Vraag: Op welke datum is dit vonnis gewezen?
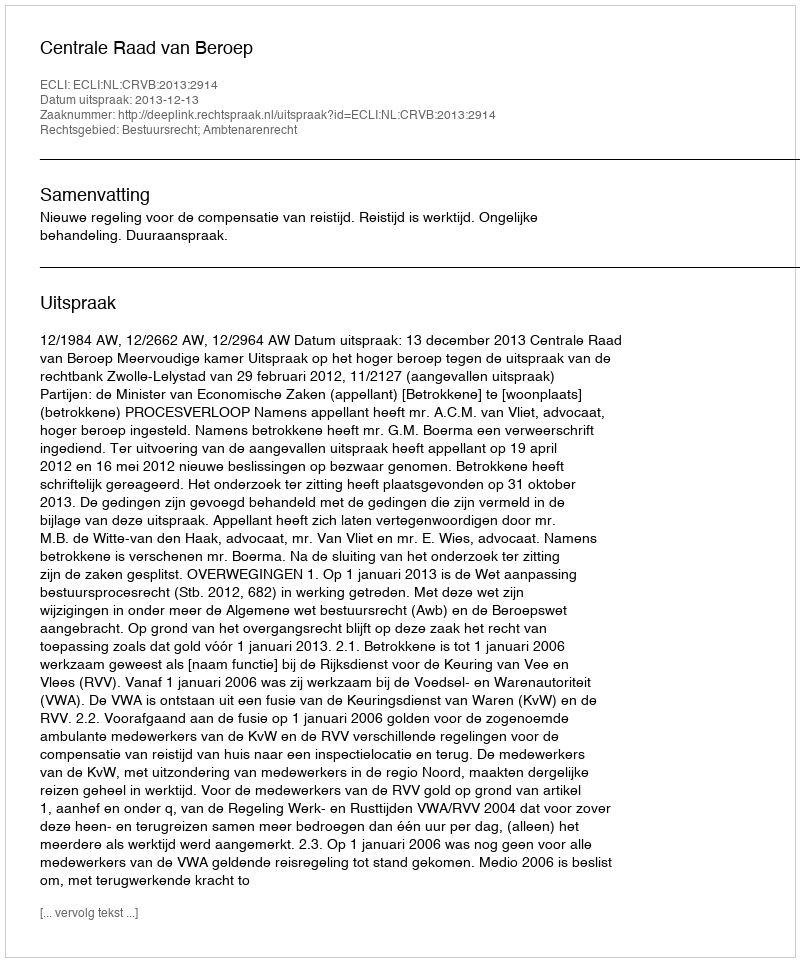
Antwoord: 2013-12-13